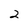
Character: 2